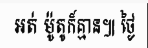
អត់ ម៉ូតូក៏គ្មាន៕ ថ្ងៃ